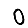
Digit: 0